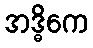
အဒ္ဓိကေ